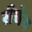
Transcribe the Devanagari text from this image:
सैचेव